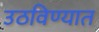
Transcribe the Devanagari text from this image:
उठविण्यात